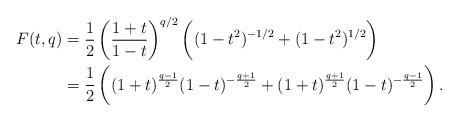
LaTeX: \begin{align*}F(t,q) & = \frac{1}{2}\left(\frac{1+t}{1-t}\right)^{q/2}\left(\vphantom{\frac{t+1}{t-1}}(1-t^2)^{-1/2}+(1-t^2)^{1/2}\right) \\& = \frac{1}{2}\left(\vphantom{\frac{t+1}{t-1}}(1+t)^{\frac{q-1}{2}}(1-t)^{-\frac{q+1}{2}}+ (1+t)^{\frac{q+1}{2}}(1-t)^{-\frac{q-1}{2}}\right).\end{align*}